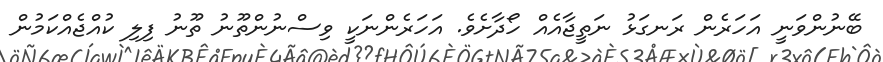
ބޭނުންވަނީ އަހަރެން ރަނގަޅު ނަތީޖާއެއް ހޯދާށެވެ. އަހަރެންނަކީ ވިސްނުންތޫނު ތޫނު ފިލި ކުއްޖެއްކަމުން